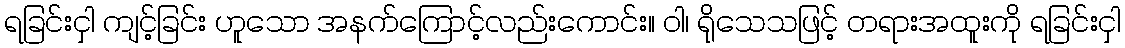
ရခြင်းငှါ ကျင့်ခြင်း ဟူသော အနက်ကြောင့်လည်းကောင်း။ ဝါ၊ ရိုသေသဖြင့် တရားအထူးကို ရခြင်းငှါ